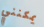
يمكنني